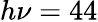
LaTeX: h\nu=44